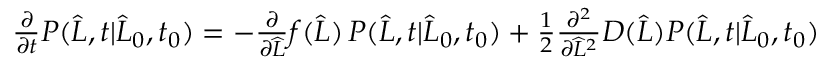
\begin{array} { r } { \frac { \partial } { \partial t } P ( \widehat { L } , t | \widehat { L } _ { 0 } , t _ { 0 } ) = - \frac { \partial } { \partial \widehat { L } } f ( \widehat { L } ) \, P ( \widehat { L } , t | \widehat { L } _ { 0 } , t _ { 0 } ) + \frac { 1 } { 2 } \frac { \partial ^ { 2 } } { \partial \widehat { L } ^ { 2 } } D ( \widehat { L } ) P ( \widehat { L } , t | \widehat { L } _ { 0 } , t _ { 0 } ) } \end{array}